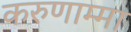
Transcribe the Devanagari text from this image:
करुणाम्मा